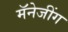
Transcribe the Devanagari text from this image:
मॅनेजींग